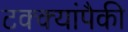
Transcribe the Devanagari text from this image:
टक्क्यांपैकी